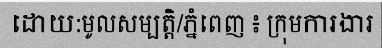
ដោយ:មូលសម្បត្តិ/ភ្នំពេញ ៖ ក្រុមការងារ